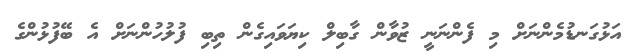
އަޅުގަނޑުމެންނަށް މި ފެންނަނީ ޒުވާން ގާބިލް ކިޔަވައިގެން ތިބި ފުލުހުންނަށް އެ ބޭފުޅުންގެ